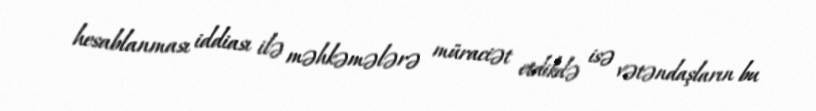
hesablanması iddiası ilə məhkəmələrə müraciət etdikdə isə vətəndaşların bu